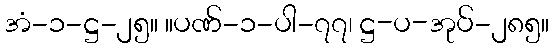
အံ-၁-ဋ္ဌ-၂၅။ ။ပဏ်-၁-ပါ-၇၇၊ ဋ္ဌ-ပ-အုပ်-၂၈၅။